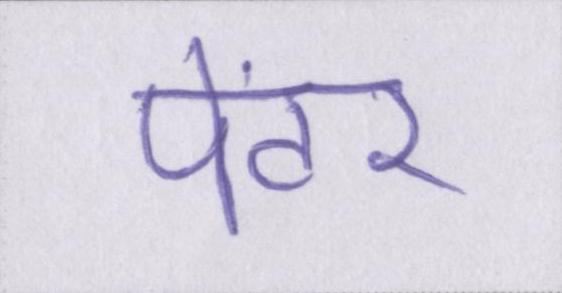
पेंटर